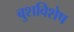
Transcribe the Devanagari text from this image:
बुशविशेष